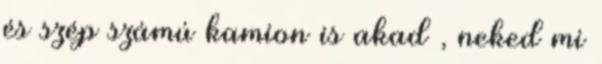
és szép számú kamion is akad , neked mi